Lunatic asylums in Bengal annual reports 1888-1898 - 1888-1898
Year: 1888
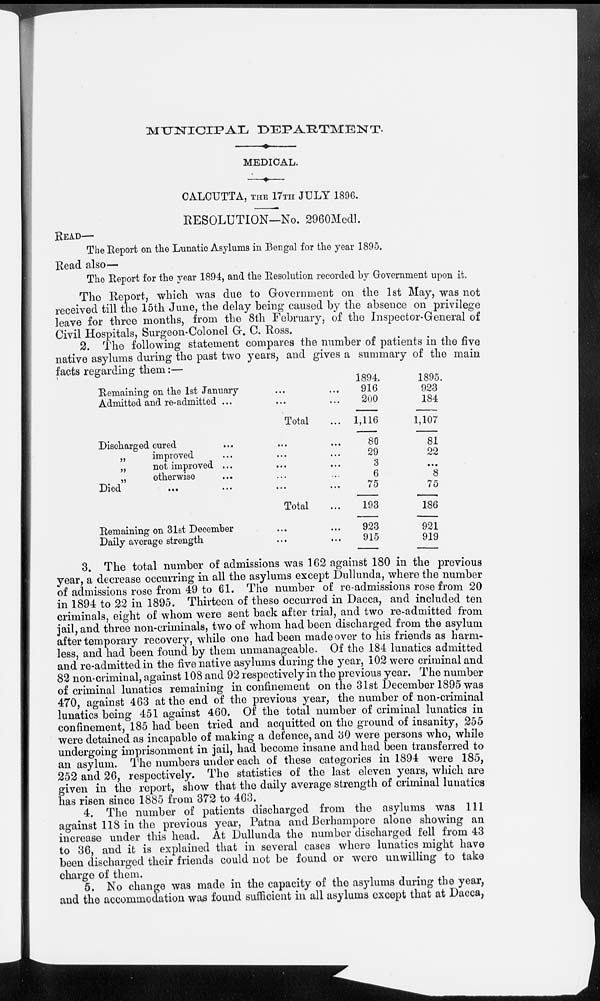
MUNICIPAL DEPARTMENT.
MEDICAL.
CALCUTTA, THE 17TH JULY 1896.
RESOLUTION—No. 2960Medl.
READ—
The Report on the Lunatic Asylums in Bengal for the year 1895.
Read also—
The Report for the year 1894, and the Resolution recorded by Government upon it.
The Report, which was due to Government on the 1st May, was not
received till the 15th June, the delay being caused by the absence on privilege
leave for three months, from the 8th February, of the Inspector-General of
Civil Hospitals, Surgeon-Colonel G. C. Ross.
2. The following statement compares the number of patients in the five
native asylums during the past two years, and gives a summary of the main
facts regarding them:—
Remaining on the 1st January ... ...
Admitted and re-admitted ... ... ...
Total ...
Discharged cured
... ... ...
„
improved ... ... ...
„
not improved ... ... ...
„
otherwise ... ... ...
Died ... ... ... ...
Total ...
Remaining on 31st December ... ...
Daily average strength ... ...
1894.
916
200
1,116
80
29
3
6
75
193
923
915
1895.
923
184
1,107
81
22
...
8
75
186
921
919
3. The total number of admissions was 162 against 180 in the previous
year, a decrease occurring in all the asylums except Dullunda, where the number
of admissions rose from 49 to 61. The number of re-admissions rose from 20
in 1894 to 22 in 1895. Thirteen of these occurred in Dacca, and included ten
criminals, eight of whom were sent back after trial, and two re-admitted from
jail, and three non-criminals, two of whom had been discharged from the asylum
after temporary recovery, while one had been made over to his friends as harm-
less, and had been found by them unmanageable. Of the 184 lunatics admitted
and re-admitted in the five native asylums during the year, 102 were criminal and
82 non-criminal, against 108 and 92 respectively in the previous year. The number
of criminal lunatics remaining in confinement on the 31st December 1895 was
470, against 463 at the end of the previous year, the number of non-criminal
lunatics being 451 against 460. Of the total number of criminal lunatics in
confinement, 185 had been tried and acquitted on the ground of insanity, 255
were detained as incapable of making a defence, and 30 were persons who, while
undergoing imprisonment in jail, had become insane and had been transferred to
an asylum. The numbers under each of these categories in 1894 were 185,
252 and 26, respectively. The statistics of the last eleven years, which are
given in the report, show that the daily average strength of criminal lunatics
has risen since 1885 from 372 to 463.
4. The number of patients discharged from the asylums was 111
against 118 in the previous year, Patna and Berhampore alone showing an
increase under this head. At Dullunda the number discharged fell from 43
to 36, and it is explained that in several cases where lunatics might have
been discharged their friends could not be found or were unwilling to take
charge of them.
5. No change was made in the capacity of the asylums during the year,
and the accommodation was found sufficient in all asylums except that at Dacca,